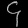
Digit: ၄